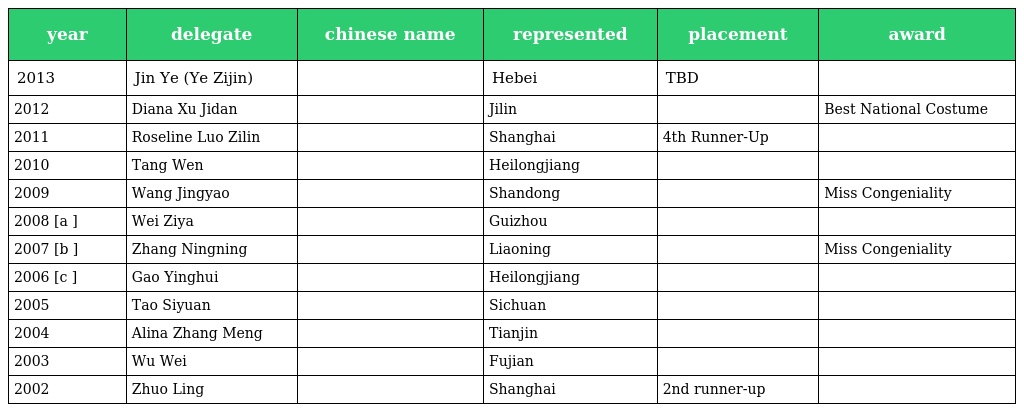
| year | delegate | chinese name | represented | placement | award |
 | --- | --- | --- | --- | --- | --- |
 | 2013 | Jin Ye (Ye Zijin) | 靳烨（叶子金） | Hebei | TBD |  |
 | 2012 | Diana Xu Jidan | 许继丹 | Jilin |  | Best National Costume |
 | 2011 | Roseline Luo Zilin | 罗紫琳 | Shanghai | 4th Runner-Up |  |
 | 2010 | Tang Wen | 唐雯 | Heilongjiang |  |  |
 | 2009 | Wang Jingyao | 王静瑶 | Shandong |  | Miss Congeniality |
 | 2008 [a ] | Wei Ziya | 魏子雅 | Guizhou |  |  |
 | 2007 [b ] | Zhang Ningning | 张宁宁 | Liaoning |  | Miss Congeniality |
 | 2006 [c ] | Gao Yinghui | 高英慧 | Heilongjiang |  |  |
 | 2005 | Tao Siyuan | 陶思媛 | Sichuan |  |  |
 | 2004 | Alina Zhang Meng | 张萌 | Tianjin |  |  |
 | 2003 | Wu Wei | 吴薇 | Fujian |  |  |
 | 2002 | Zhuo Ling | 卓灵 | Shanghai | 2nd runner-up |  |